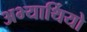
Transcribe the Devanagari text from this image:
अभ्यार्थियो